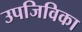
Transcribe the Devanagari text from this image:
उपजिविका